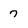
Character: 7